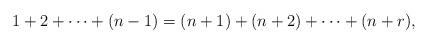
LaTeX: \begin{align*}1+2+ \cdots + (n -1) = (n+1) + (n+2) + \cdots + (n+r),\end{align*}